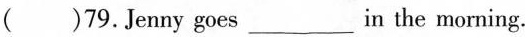
( )79.Jenny goes ___ in the morning.